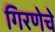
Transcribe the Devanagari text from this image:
गिरणेचे